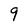
Character: 9